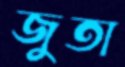
জুতা